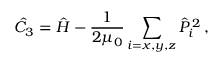
{ \hat { C } } _ { 3 } = \hat { H } - \frac { 1 } { 2 \mu _ { 0 } } \sum _ { i = x , y , z } { \hat { P } } _ { i } ^ { \, 2 } \, ,